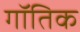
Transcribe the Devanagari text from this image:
गॉतिक